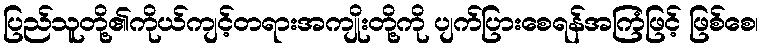
ပြည်သူတို့၏ကိုယ်ကျင့်တရားအကျိုးတို့ကို ပျက်ပြားစေရန်အကြံဖြင့် ဖြစ်စေ၊